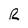
Character: R